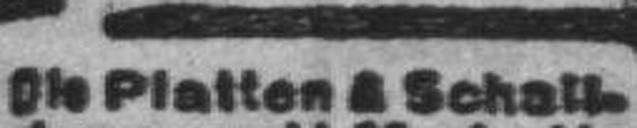
Die Platten ### Schall¬